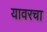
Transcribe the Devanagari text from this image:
यावरचा